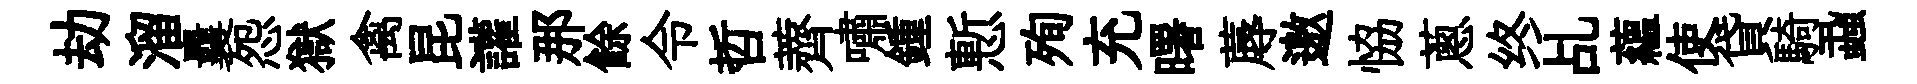
劫溜曩怨獄禽昆讙那餘令哲薺嘯鍾慙殉充曙蓐邀恊蔥终乩蘊使貸騎蝨